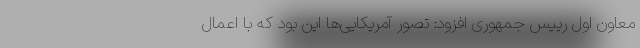
معاون اول رییس جمهوری افزود: تصور ‌آمریکایی‌ها این بود که با اعمال